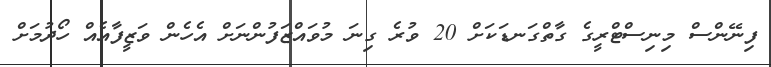
ފިނޭންސް މިނިސްޓްރީގެ ގާތްގަނޑަކަށް 20 ވުރެ ގިނަ މުވައްޒަފުންނަށް އެހެން ވަޒީފާއެއް ހޯދުމަށް